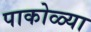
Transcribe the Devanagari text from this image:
पाकोळ्या